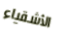
الأشقياء